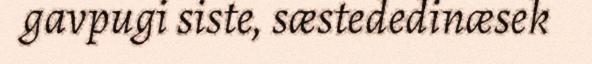
gavpugi siste, sæstededinæsek